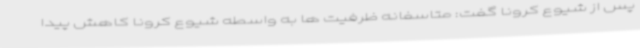
پس از شیوع کرونا گفت: متاسفانه ظرفیت ها به واسطه شیوع کرونا کاهش پیدا